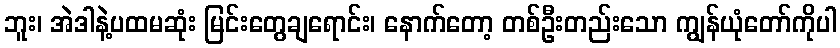
ဘူး၊ အဲဒါနဲ့ပထမဆုံး မြင်းတွေချရောင်း၊ နောက်တော့ တစ်ဦးတည်းသော ကျွန်ယုံတော်ကိုပါ